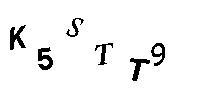
K5STT9